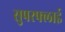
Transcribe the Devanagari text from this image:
सुपरफ्लाई